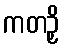
ကတဉှိ